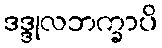
ဒဒ္ဒုလဘက္ခာပိ